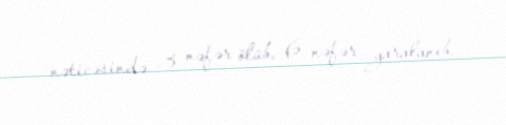
nəticəsində 3 nəfər ölüb, 6 nəfər yaralanıb.